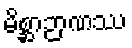
မိစ္ဆာဉာဏဿ